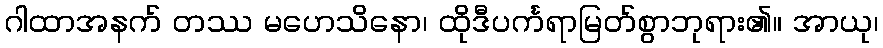
ဂါထာအနက် တဿ မဟေသိနော၊ ထိုဒီပင်္ကရာမြတ်စွာဘုရား၏။ အာယု၊